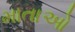
માતાઓ